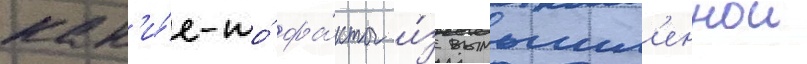
как'и́е-то́ фа́кты и́з вымышл'еннои